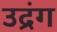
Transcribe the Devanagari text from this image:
उद्रंग